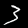
Digit: 3